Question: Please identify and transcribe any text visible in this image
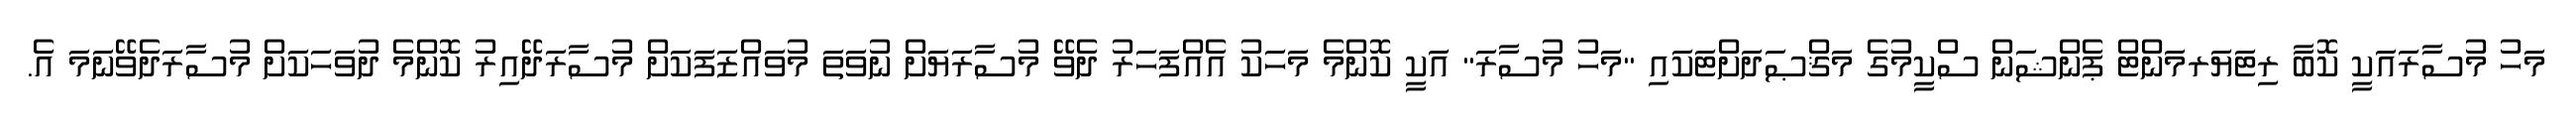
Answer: މަހު މުސާރައަކީ ކޮބާ ރިޓަޔަރމަންޓް ޕެންޝަން ސްކީމުގެ މަޤްޞަދަށްޓަކައި "މަހު މުސާރަ" އަކީ ކޮންމެ މަހަކު އެއްފަހަރު ދެވޭ މުސާރަޔަށް ނުވަތަ މުވައްޒަފަކަށް މުސާރަދޭއިރު ކޮންމެ ދުވަހަކަށް މުސާރަދެވޭނަމަ އެ.